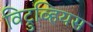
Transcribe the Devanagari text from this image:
विट्रुव्हियस